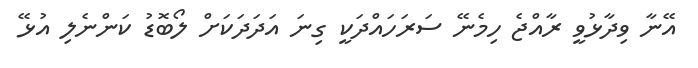
އޭނާ ވިދާޅުވީ ރާއްޖެ ހިމެނޭ ސަރަހައްދަކީ ގިނަ އަދަދަކަށް ލޯބޮޑު ކަންނެލި އުޅޭ